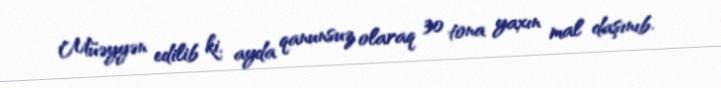
Müəyyən edilib ki, ayda qanunsuz olaraq 30 tona yaxın mal daşınıb.